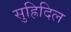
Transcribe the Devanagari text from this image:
सुह्रिदिल